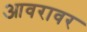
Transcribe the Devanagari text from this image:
आवरावर